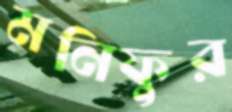
মনিফুর